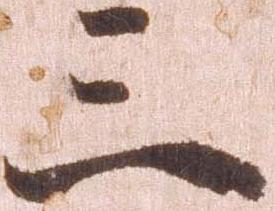
三